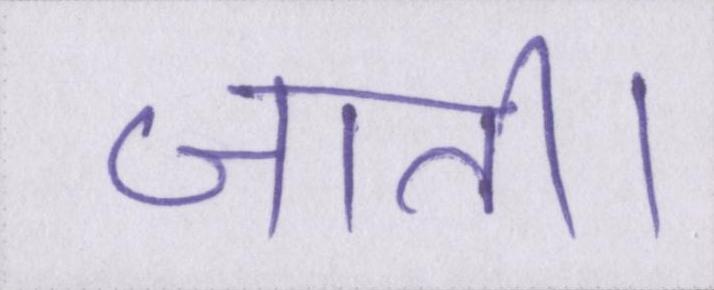
जाती।